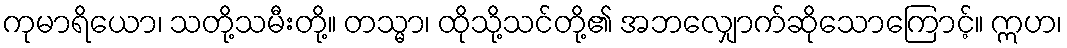
ကုမာရိယော၊ သတို့သမီးတို့။ တသ္မာ၊ ထိုသို့သင်တို့၏ အဘလျှောက်ဆိုသောကြောင့်။ ဣဟ၊